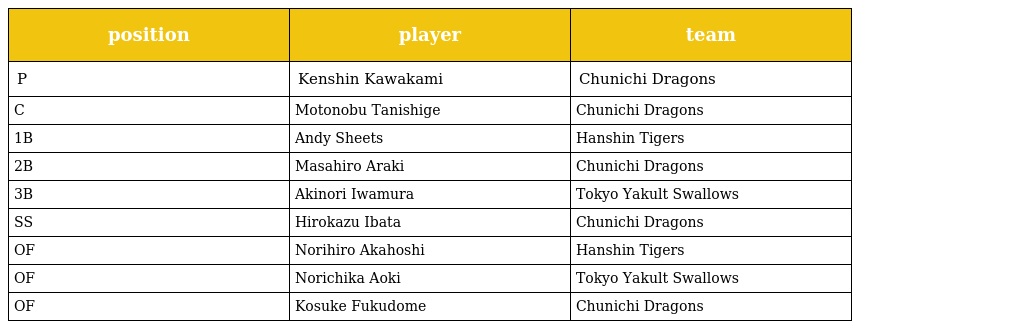
| position | player | team |
 | --- | --- | --- |
 | P | Kenshin Kawakami | Chunichi Dragons |
 | C | Motonobu Tanishige | Chunichi Dragons |
 | 1B | Andy Sheets | Hanshin Tigers |
 | 2B | Masahiro Araki | Chunichi Dragons |
 | 3B | Akinori Iwamura | Tokyo Yakult Swallows |
 | SS | Hirokazu Ibata | Chunichi Dragons |
 | OF | Norihiro Akahoshi | Hanshin Tigers |
 | OF | Norichika Aoki | Tokyo Yakult Swallows |
 | OF | Kosuke Fukudome | Chunichi Dragons |